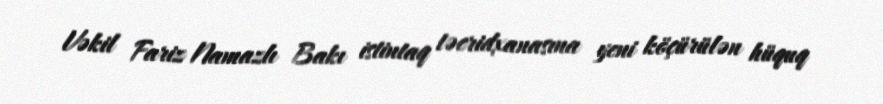
Vəkil Fariz Namazlı Bakı istintaq təcridxanasına yeni köçürülən hüquq